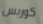
كوربس